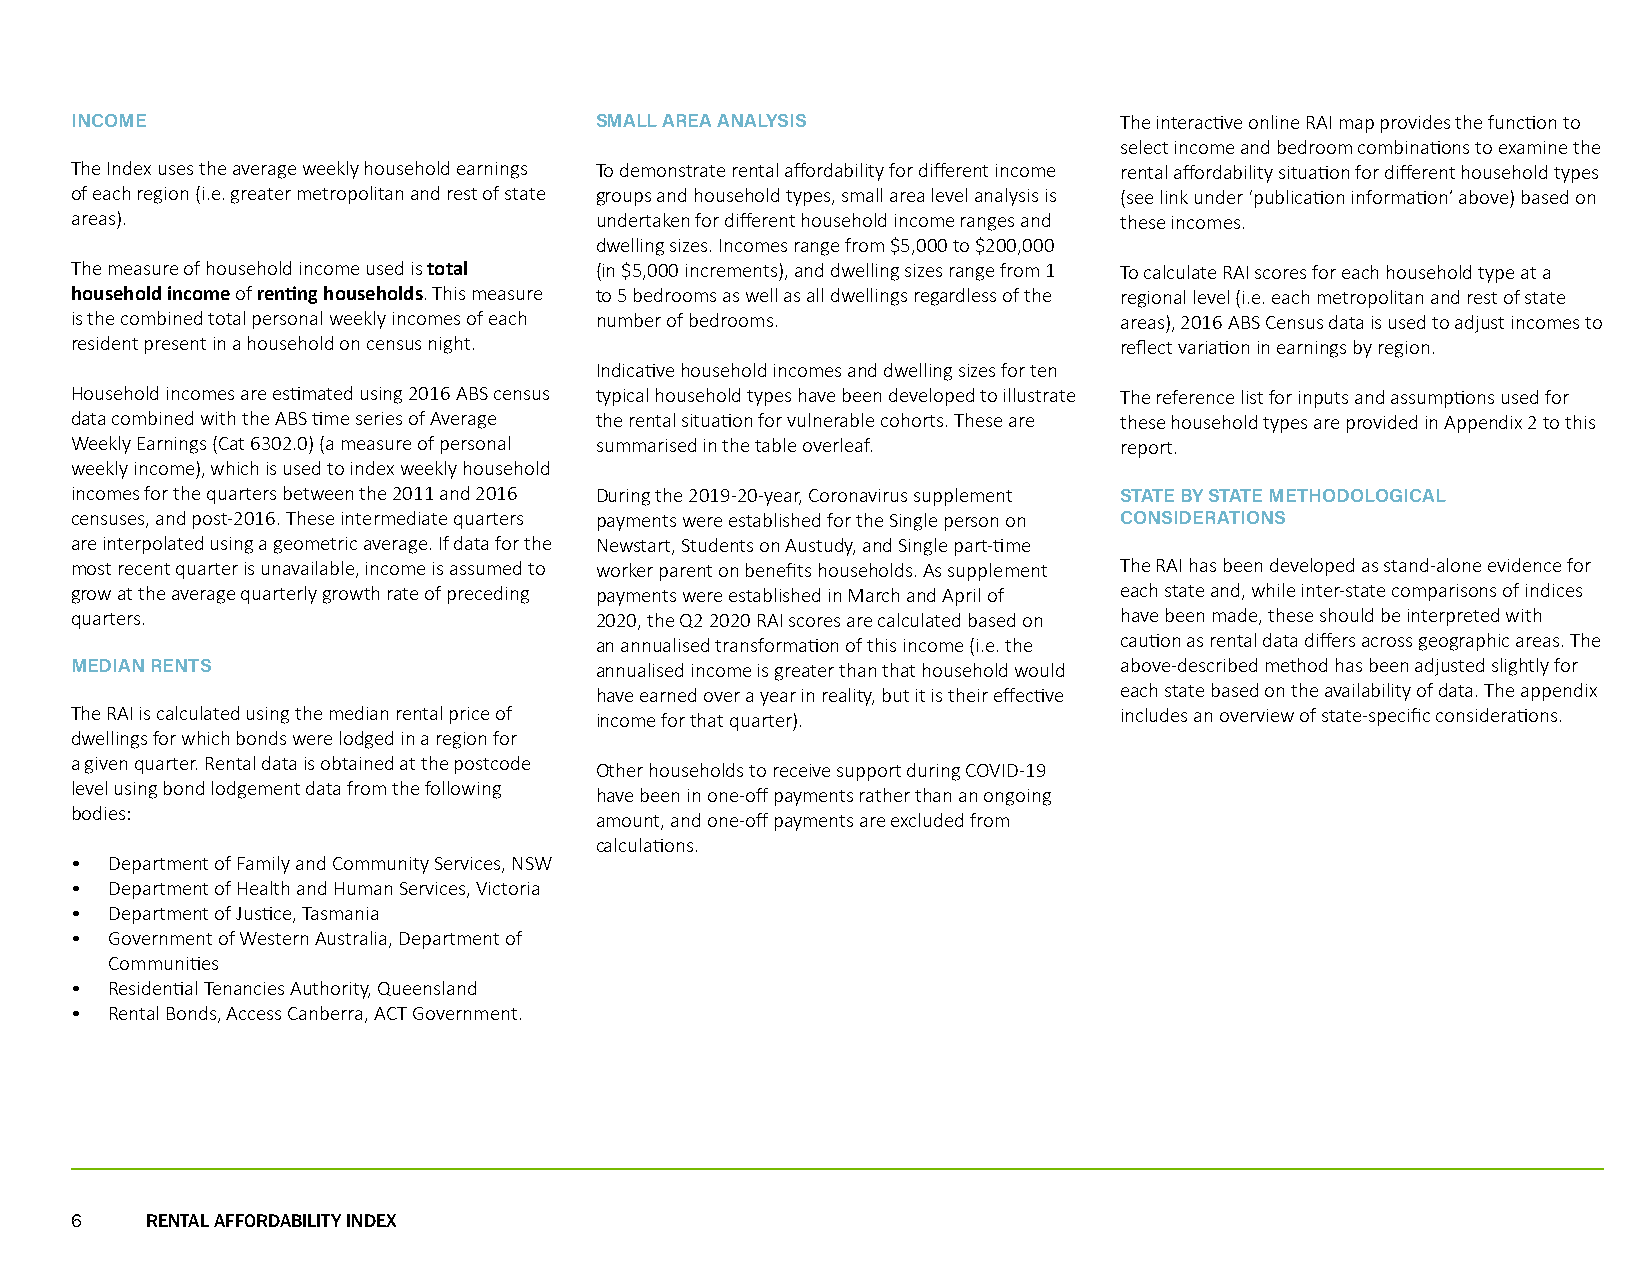
INCOME                            SMALL AREA ANALYSIS                The interactive online RAI map provides the function to
 select income and bedroom combinations to examine the
 The Index uses the average weekly household earnings To demonstrate rental affordability for different income rental affordability situation for different household types
 of each region (i.e. greater metropolitan and rest of state groups and household types, small area level analysis is (see link under ‘publication information’ above) based on
 areas).                           undertaken for different household income ranges and these incomes.
 dwelling sizes. Incomes range from $5,000 to $200,000
 The measure of household income used is total (in $5,000 increments), and dwelling sizes range from 1 To calculate RAI scores for each household type at a
 household income of renting households. This measure to 5 bedrooms as well as all dwellings regardless of the regional level (i.e. each metropolitan and rest of state
 is the combined total personal weekly incomes of each number of bedrooms. areas), 2016 ABS Census data is used to adjust incomes to
 resident present in a household on census night.                     reflect variation in earnings by region.
 Indicative household incomes and dwelling sizes for ten
 Household incomes are estimated using 2016 ABS census typical household types have been developed to illustrate The reference list for inputs and assumptions used for
 data combined with the ABS time series of Average the rental situation for vulnerable cohorts. These are these household types are provided in Appendix 2 to this
 Weekly Earnings (Cat 6302.0) (a measure of personal summarised in the table overleaf. report.
 weekly income), which is used to index weekly household
 incomes for the quarters between the 2011 and 2016 During the 2019-20-year, Coronavirus supplement STATE BY STATE METHODOLOGICAL
 censuses, and post-2016. These intermediate quarters payments were established for the Single person on CONSIDERATIONS
 are interpolated using a geometric average. If data for the Newstart, Students on Austudy, and Single part-time
 most recent quarter is unavailable, income is assumed to worker parent on benefits households. As supplement The RAI has been developed as stand-alone evidence for
 grow at the average quarterly growth rate of preceding payments were established in March and April of each state and, while inter-state comparisons of indices
 quarters.                         2020, the Q2 2020 RAI scores are calculated based on have been made, these should be interpreted with
 an annualised transformation of this income (i.e. the caution as rental data differs across geographic areas. The
 MEDIAN RENTS                      annualised income is greater than that household would above-described method has been adjusted slightly for
 have earned over a year in reality, but it is their effective each state based on the availability of data. The appendix
 The RAI is calculated using the median rental price of income for that quarter). includes an overview of state-specific considerations.
 dwellings for which bonds were lodged in a region for
 a given quarter. Rental data is obtained at the postcode
 Other households to receive support during COVID-19
 level using bond lodgement data from the following
 have been in one-off payments rather than an ongoing
 bodies:
 amount, and one-off payments are excluded from
 calculations.
 • Department of Family and Community Services, NSW
 • Department of Health and Human Services, Victoria
 • Department of Justice, Tasmania
 • Government of Western Australia, Department of
 Communities
 • Residential Tenancies Authority, Queensland
 • Rental Bonds, Access Canberra, ACT Government.
 6    RENTAL AFFORDABILITY INDEX